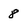
Character: 8